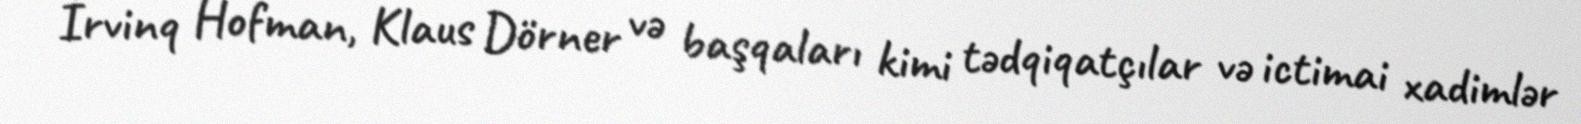
İrvinq Hofman, Klaus Dörner və başqaları kimi tədqiqatçılar və ictimai xadimlər